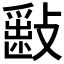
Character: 𣀎